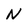
Character: N